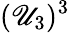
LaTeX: (\mathscr{U}_{3})^{3}